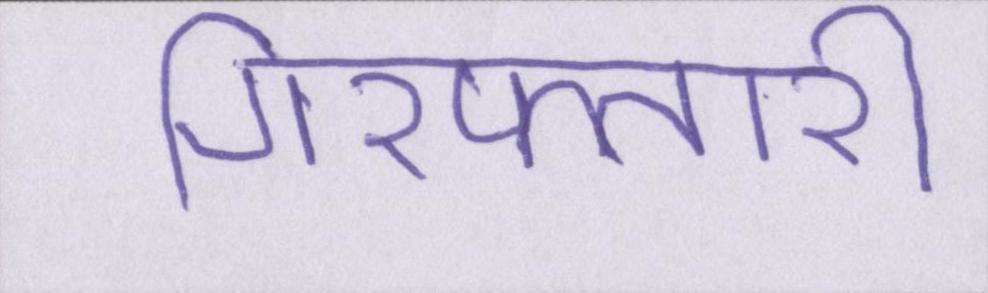
गिरफ्तारी